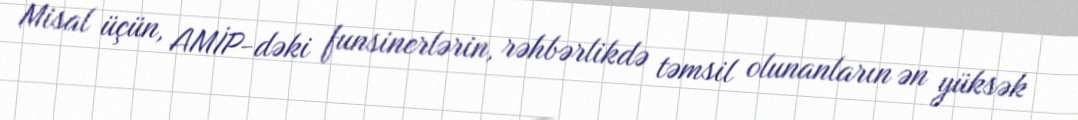
Misal üçün, AMİP-dəki funsinerlərin, rəhbərlikdə təmsil olunanların ən yüksək